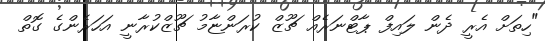
"ހިތަށް އެރީ ދެން ލައިފް ޕާޓްނަރެއް ޗޫޒް ކުރަންޏާމު ޗޫޒްކުރާނީ އަހަރެންގެ ގޮތް